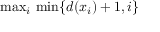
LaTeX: { \mathrm { m a x } } _ { i } { \mathrm { ~ m i n } } \{ d ( x _ { i } ) + 1 , i \}